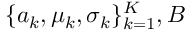
\{ a _ { k } , \mu _ { k } , \sigma _ { k } \} _ { k = 1 } ^ { K } , B